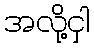
အလို့ငှါ